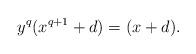
LaTeX: \begin{align*}y^q(x^{q+1}+d) = (x+d).\end{align*}